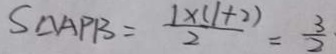
S _ { \Delta A P B } = \frac { 1 \times ( 1 + 2 ) } { 2 } = \frac { 3 } { 2 }